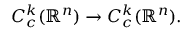
C _ { c } ^ { k } ( \mathbb { R } ^ { n } ) \to C _ { c } ^ { k } ( \mathbb { R } ^ { n } ) .